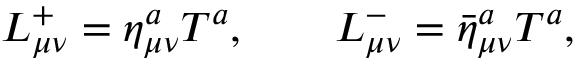
L _ { \mu \nu } ^ { + } = \eta _ { \mu \nu } ^ { a } T ^ { a } , \qquad L _ { \mu \nu } ^ { - } = { \bar { \eta } } _ { \mu \nu } ^ { a } T ^ { a } ,